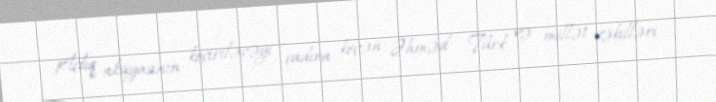
Açlıq aksiyasının keçiriləcəyi çadıra keçən Əhməd Türk və millət vəkilləri